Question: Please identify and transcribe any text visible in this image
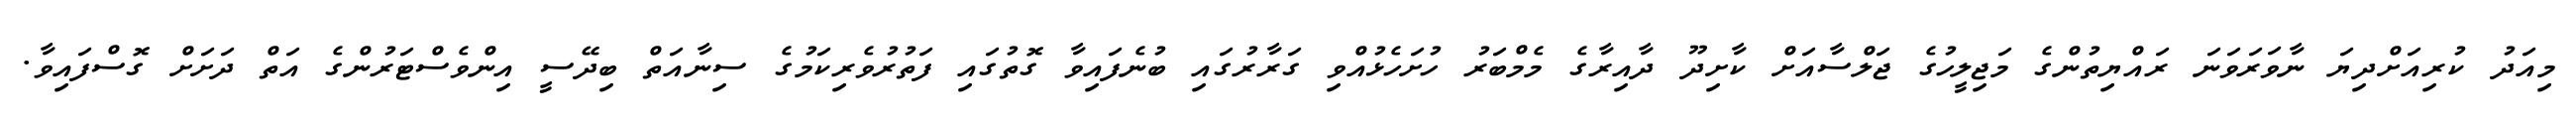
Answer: މިއަދު ކުރިއަށްދިޔަ ނާވަރަވަނަ ރައްޔިތުންގެ މަޖިލީހުގެ ޖަލްސާއަށް ކާށިދޫ ދާއިރާގެ މެމްބަރު ހުށަހެޅުއްވި ގަރާރުގައި ބުނެފައިވާ ގޮތުގައި ފަތުރުވެރިކަމުގެ ސިނާއަތް ބިދޭސީ އިންވެސްޓަރުންގެ އަތް ދަށަށް ގޮސްފައިވާ.